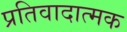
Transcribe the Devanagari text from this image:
प्रतिवादात्मक